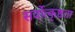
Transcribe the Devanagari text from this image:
सर्वोत्कृष्ठता